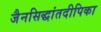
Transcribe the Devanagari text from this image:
जैनसिद्धांतदीपिका